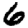
Digit: 6